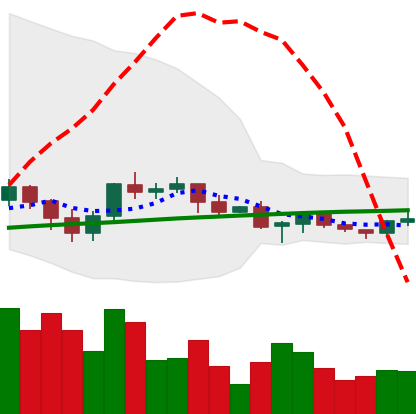
Ticker: XRP-USD
Chart end date: 2021-06-14
Forward return: -14.696%
Label: down_7plus